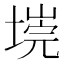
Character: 𭏐